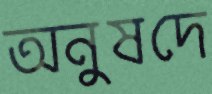
অনুষদে